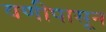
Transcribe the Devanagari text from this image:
वणीपासून